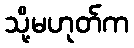
သို့မဟုတ်က